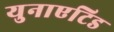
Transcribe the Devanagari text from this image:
युनाएटिड